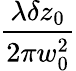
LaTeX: \frac{\lambda\delta z_{0}}{2\pi w_{0}^{2}}